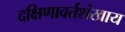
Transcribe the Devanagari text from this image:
दक्षिणावर्तशंखाय